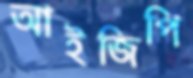
আইজিপি